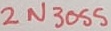
Text: 2N3055